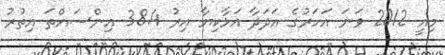
މިއީ 2012 ވަނަ އަހަރުގެ އަދަދާ އަޅާކިޔާ އިރު 38.4 އިންސައްތަ އިތުރު